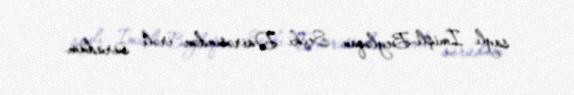
saylı İmişli-Beyləqan Seçki Dairəsindən irəli sürüdüm.